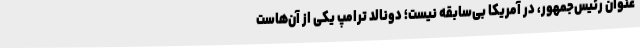
عنوان رئیس‌جمهور، در آمریکا بی‌سابقه نیست؛ دونالد ترامپ یکی از آن‌هاست